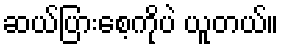
ဆယ်ပြားစေ့ကိုပဲ ယူတယ်။